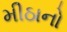
મીઠાનો